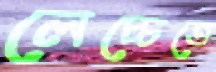
লেচ্চেতে